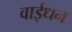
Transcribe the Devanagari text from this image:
वाईधन